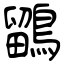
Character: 鶹